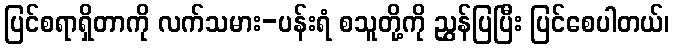
ပြင်စရာရှိတာကို လက်သမား-ပန်းရံ စသူတို့ကို ညွှန်ပြပြီး ပြင်စေပါတယ်၊